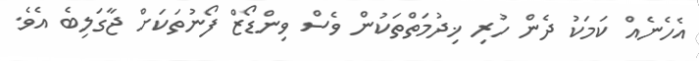
އެހެނެއް ކަމަކު ދެން ހުރި ޚިދުމަތްތަކުން ވެސް ވިންޑޯޒް ފޯނުތަކަށް ޖާގަލިބެ އެވެ.